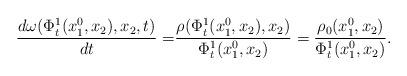
LaTeX: \begin{align*}\frac{d\omega(\Phi_t^1(x_1^0,x_2),x_2,t)}{dt}=&\frac{\rho(\Phi_t^1(x_1^0,x_2),x_2)}{\Phi_t^1(x_1^0,x_2)}=\frac{\rho_0(x_1^0,x_2)}{\Phi_t^1(x_1^0,x_2)}.\end{align*}